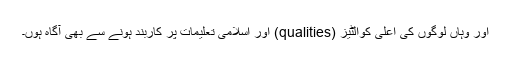
اور وہاں لوگوں کی اعلیٰ کوالٹیز (qualities) اور اسلامی تعلیمات پر کاربند ہونے سے بھی آگاہ ہوں۔